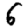
Digit: 6